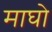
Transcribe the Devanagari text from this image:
माघो